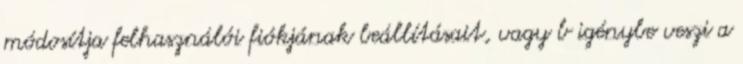
módosítja felhasználói fiókjának beállításait, vagy b igénybe veszi a